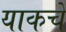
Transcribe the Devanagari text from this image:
याकचे